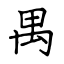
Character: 禺